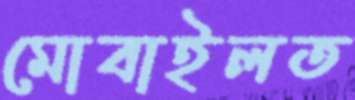
মোবাইলত